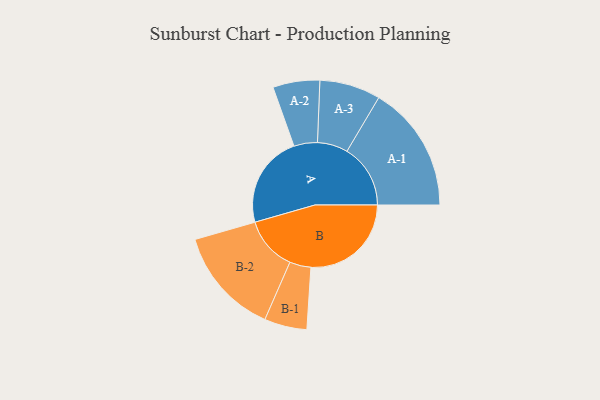
{"axis": {"x": "Segment", "y": "Value"}, "legend": ["", "A", "B"], "data": [{"x": "A", "y": 434, "type": ""}, {"x": "B", "y": 471, "type": ""}, {"x": "A-1", "y": 298, "type": "A"}, {"x": "A-2", "y": 110, "type": "A"}, {"x": "A-3", "y": 143, "type": "A"}, {"x": "B-1", "y": 100, "type": "B"}, {"x": "B-2", "y": 253, "type": "B"}]}